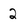
Character: 2